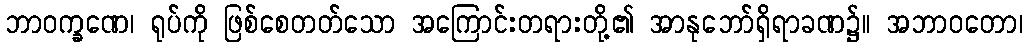
ဘာဝက္ခဏေ၊ ရုပ်ကို ဖြစ်စေတတ်သော အကြောင်းတရားတို့၏ အာနုဘော်ရှိရာခဏ၌။ အဘာဝတော၊